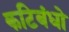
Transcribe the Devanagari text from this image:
कटिबंधो